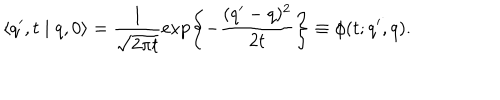
\langle q ^ { \prime } , t \mid q , 0 \rangle = \frac { 1 } { \sqrt { 2 \pi t } } \exp \left\{ - \frac { ( q ^ { \prime } - q ) ^ { 2 } } { 2 t } \right\} \equiv \phi ( t ; q ^ { \prime } , q ) .